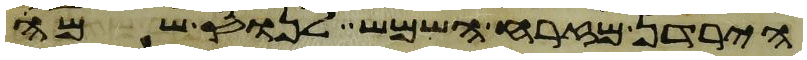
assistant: הירדן מזרח השמש לנוס שמה